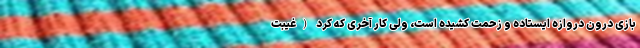
بازی درون دروازه ایستاده و زحمت کشیده است، ولی کار آخری که کرد (غیبت